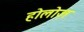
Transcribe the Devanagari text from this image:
होलोज़